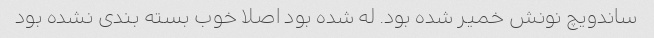
ساندویچ نونش خمیر شده بود. له شده بود اصلا خوب بسته بندی نشده بود